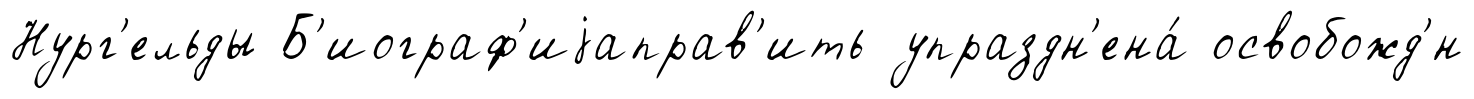
Нург'ельды Б'иограф'иjаправ'ить упраздн'ена́ освобожд'́н